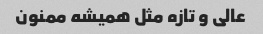
عالی و تازه مثل همیشه ممنون